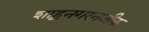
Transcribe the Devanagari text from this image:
शाहूनगरनजीक